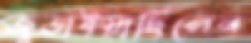
জুড়াইয়াছিলেন